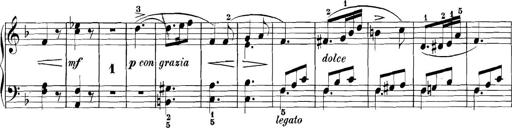
Title: 3 Sonatinas
Composer: Carl Reinecke